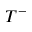
T ^ { - }